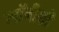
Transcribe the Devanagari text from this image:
लाॅबीशी